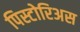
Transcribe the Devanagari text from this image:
पिस्टोरिअस